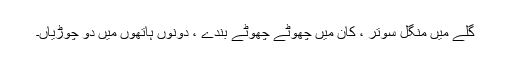
گلے میں منگل سوتر ، کان میں چھوٹے چھوٹے بُندے ، دونوں ہاتھوں میں دو چوڑیاں۔